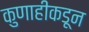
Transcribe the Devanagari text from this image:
कुणाहीकडून